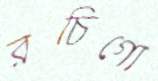
রচিগো